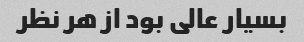
بسیار عالی بود از هر نظر